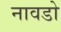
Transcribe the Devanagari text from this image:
नावडो